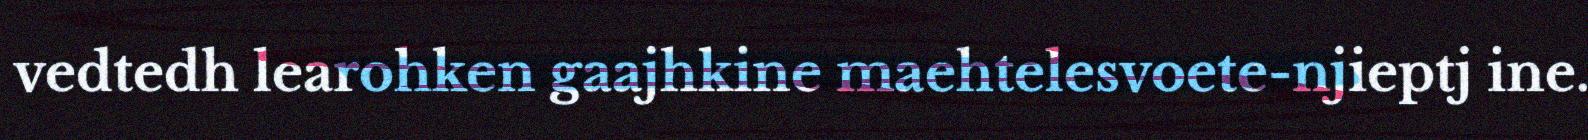
vedtedh learohken gaajhkine maehtelesvoete-njieptj ine.